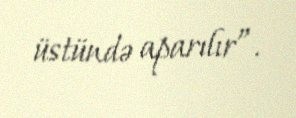
üstündə aparılır”.